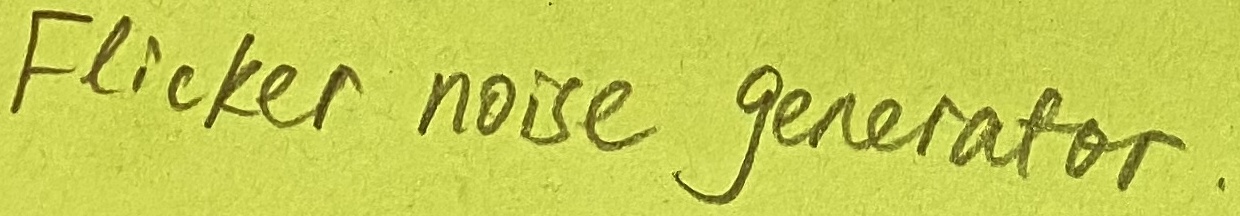
Text: Flicker noise generator